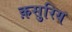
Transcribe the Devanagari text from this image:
क़सुरिय